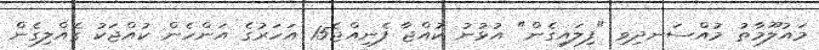
މައުލޫމާތު މުއްސަނދިވި "ފިލައިގެން" އުޅުނު ކުއްޖާ ފެނިއްޖެ15 އަހަރުގެ އަންހެން ކުއްޖަކު ގެއްލިގެން